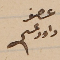
عضو داود عسى